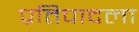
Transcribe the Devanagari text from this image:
प्रतिपादला